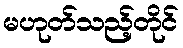
မဟုတ်သည့်တိုင်